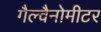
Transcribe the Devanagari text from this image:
गैल्वैनोमीटर